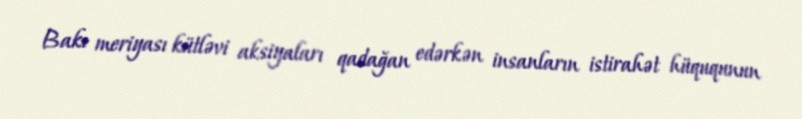
Bakı meriyası kütləvi aksiyaları qadağan edərkən insanların istirahət hüququnun